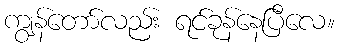
ကျွန်တော်လည်း ရင်ခုန်နေပြီလေ။